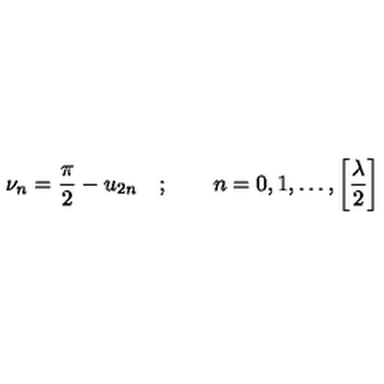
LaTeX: \nu _ { n } = \frac { \pi } { 2 } - u _ { 2 n } \quad ; \qquad n = 0 , 1 , \dots , \left[ \frac { \lambda } { 2 } \right]